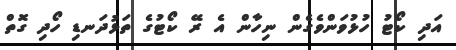
އަދި ކޯޓު ހުޅުވަންވެގެން ނިހާން އެ ރޭ ކޯޓުގެ ތަޅުދަނޑި ހޯދި ގޮތް